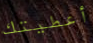
أعطيتك